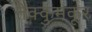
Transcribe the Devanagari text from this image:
तेक्कुमकूर